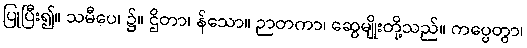
ပြုပြီး၍။ သမီပေ၊ ၌။ ဌိတာ၊ န်သော။ ဉာတကာ၊ ဆွေမျိုးတို့သည်။ ကပ္ပေတွာ၊